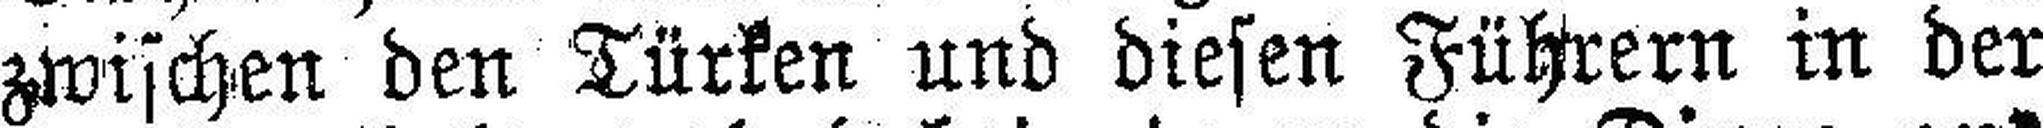
zwischen den Türken und diesen Führern in der